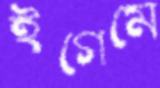
ইগেমে